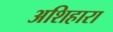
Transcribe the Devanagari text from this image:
अशिहारा